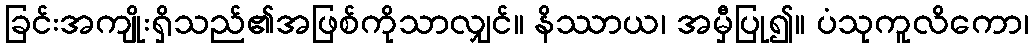
ခြင်းအကျိုးရှိသည်၏အဖြစ်ကိုသာလျှင်။ နိဿာယ၊ အမှီပြု၍။ ပံသုကူလိကော၊